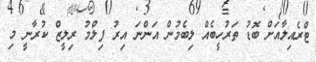
ޓްރެއިލާއަށް ބޮޑު ތަރުހީބެއް ލިބެމުން އަންނަ އިރު ފިލްމު ރިލީޒް ކުރާނީ މި